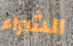
الشراء